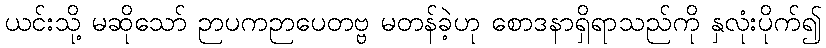
ယင်းသို့ မဆိုသော် ဉာပကဉာပေတဗ္ဗ မတန်ခဲ့ဟု စောဒနာရှိရာသည်ကို နှလုံးပိုက်၍